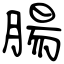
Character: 腸